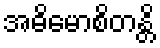
အဓိမောစိတန္တိ